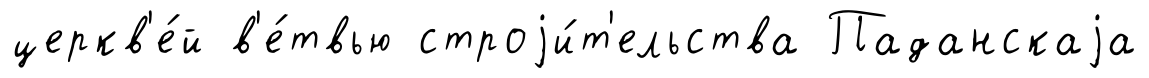
церкв'е́й в'е́твью строjи́т'ельства Паданскаjа